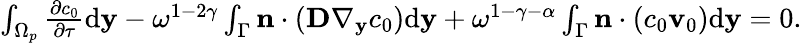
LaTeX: \begin{array}{r}{\int_{\Omega_{p}}^{}\frac{\partial c_{0}}{\partial\tau}\mathrm d\mathbf y-\omega^{1-2\gamma}\int_{\Gamma}\mathbf{n}\cdot(\textbf{D}\nabla_{\mathbf y}c_{0})\mathrm d\mathbf y+\omega^{1-\gamma-\alpha}\int_{\Gamma}\mathbf n\cdot(c_{0}\mathbf v_{0})\mathrm d\mathbf y=0.}\end{array}